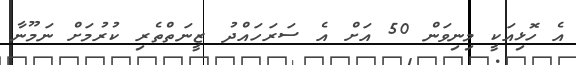
އެ ހޮޅިއަކީ މިނިވަން 50 އަށް އެ ސަރަހައްދު ޒީނަތްތެރި ކުރުމަށް ނަމޫނާ